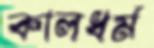
কালধর্ম